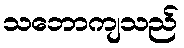
သဘောကျသည်